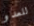
للعدو